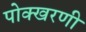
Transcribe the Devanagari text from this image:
पोक्खरणी